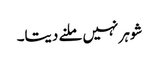
شوہر نہیں ملنے دیتا۔